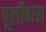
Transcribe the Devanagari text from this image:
पूलीहारा